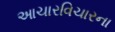
આચારવિચારના